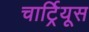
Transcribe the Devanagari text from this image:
चार्ट्रियूस